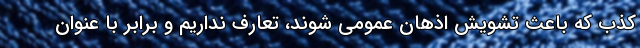
کذب که باعث تشویش اذهان عمومی شوند، تعارف نداریم و برابر با عنوان